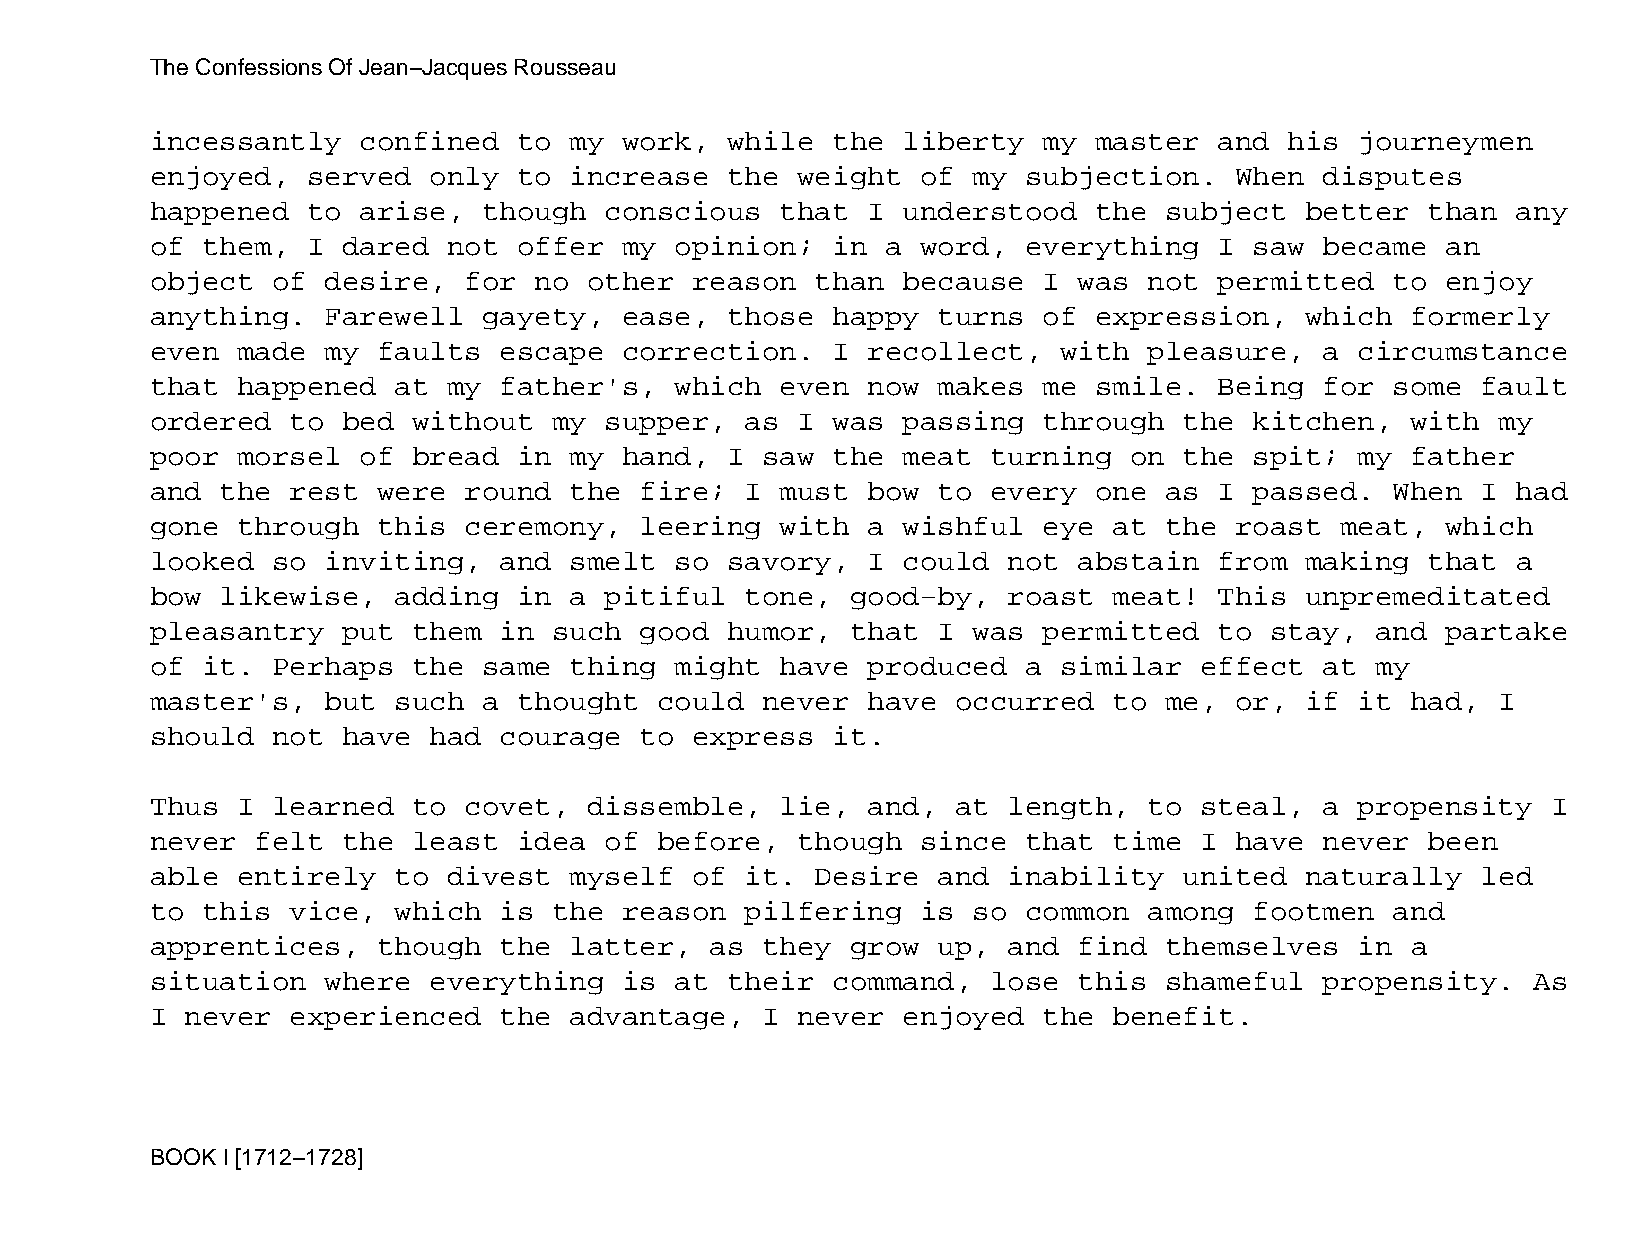
The Confessions Of Jean−Jacques Rousseau
 incessantly   confined  to  my work,  while  the  liberty  my master   and his  journeymen
 enjoyed,  served  only  to  increase  the  weight  of my  subjection.   When  disputes
 happened  to  arise,  though  conscious   that I  understood  the  subject  better   than any
 of them,  I  dared  not offer  my  opinion;  in  a word,  everything   I saw  became  an
 object  of  desire,  for no  other  reason  than  because  I was  not  permitted  to  enjoy
 anything.   Farewell  gayety,  ease,  those  happy  turns  of expression,   which  formerly
 even  made  my faults  escape  correction.   I recollect,   with  pleasure,   a circumstance
 that  happened  at  my father's,   which  even now  makes  me smile.   Being  for some  fault
 ordered  to  bed without   my supper,  as  I was  passing  through  the  kitchen,  with  my
 poor  morsel  of bread  in  my hand,  I saw  the  meat  turning  on the  spit;  my father
 and  the rest  were  round  the fire;  I  must bow  to  every one  as  I passed.  When  I had
 gone  through  this  ceremony,  leering   with a  wishful  eye  at the  roast  meat,  which
 looked  so  inviting,  and  smelt  so savory,  I  could  not abstain   from making   that a
 bow  likewise,  adding  in  a pitiful  tone,  good−by,   roast  meat!  This unpremeditated
 pleasantry   put them  in  such good  humor,  that  I was  permitted   to stay,  and  partake
 of it.  Perhaps  the  same  thing  might  have produced   a similar  effect   at my
 master's,   but such  a thought   could never  have  occurred   to me,  or, if  it had,  I
 should  not  have had  courage  to  express  it.
 Thus  I learned  to  covet,  dissemble,   lie, and,  at  length,  to steal,   a propensity   I
 never  felt  the least  idea  of  before,  though  since  that  time I  have  never  been
 able  entirely  to  divest  myself  of it.  Desire  and  inability  united  naturally   led
 to this  vice,  which  is  the reason  pilfering   is so  common  among  footmen  and
 apprentices,   though  the  latter,  as they  grow  up,  and find  themselves   in a
 situation   where everything   is  at their  command,   lose this  shameful   propensity.  As
 I never  experienced   the  advantage,  I  never  enjoyed  the  benefit.
 BOOK I [1712−1728]